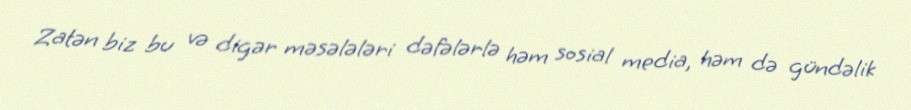
Zatən biz bu və digər məsələləri dəfələrlə həm sosial media, həm də gündəlik